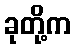
ခုတို့က